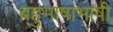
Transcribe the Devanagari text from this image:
बहुभाषाभाषी